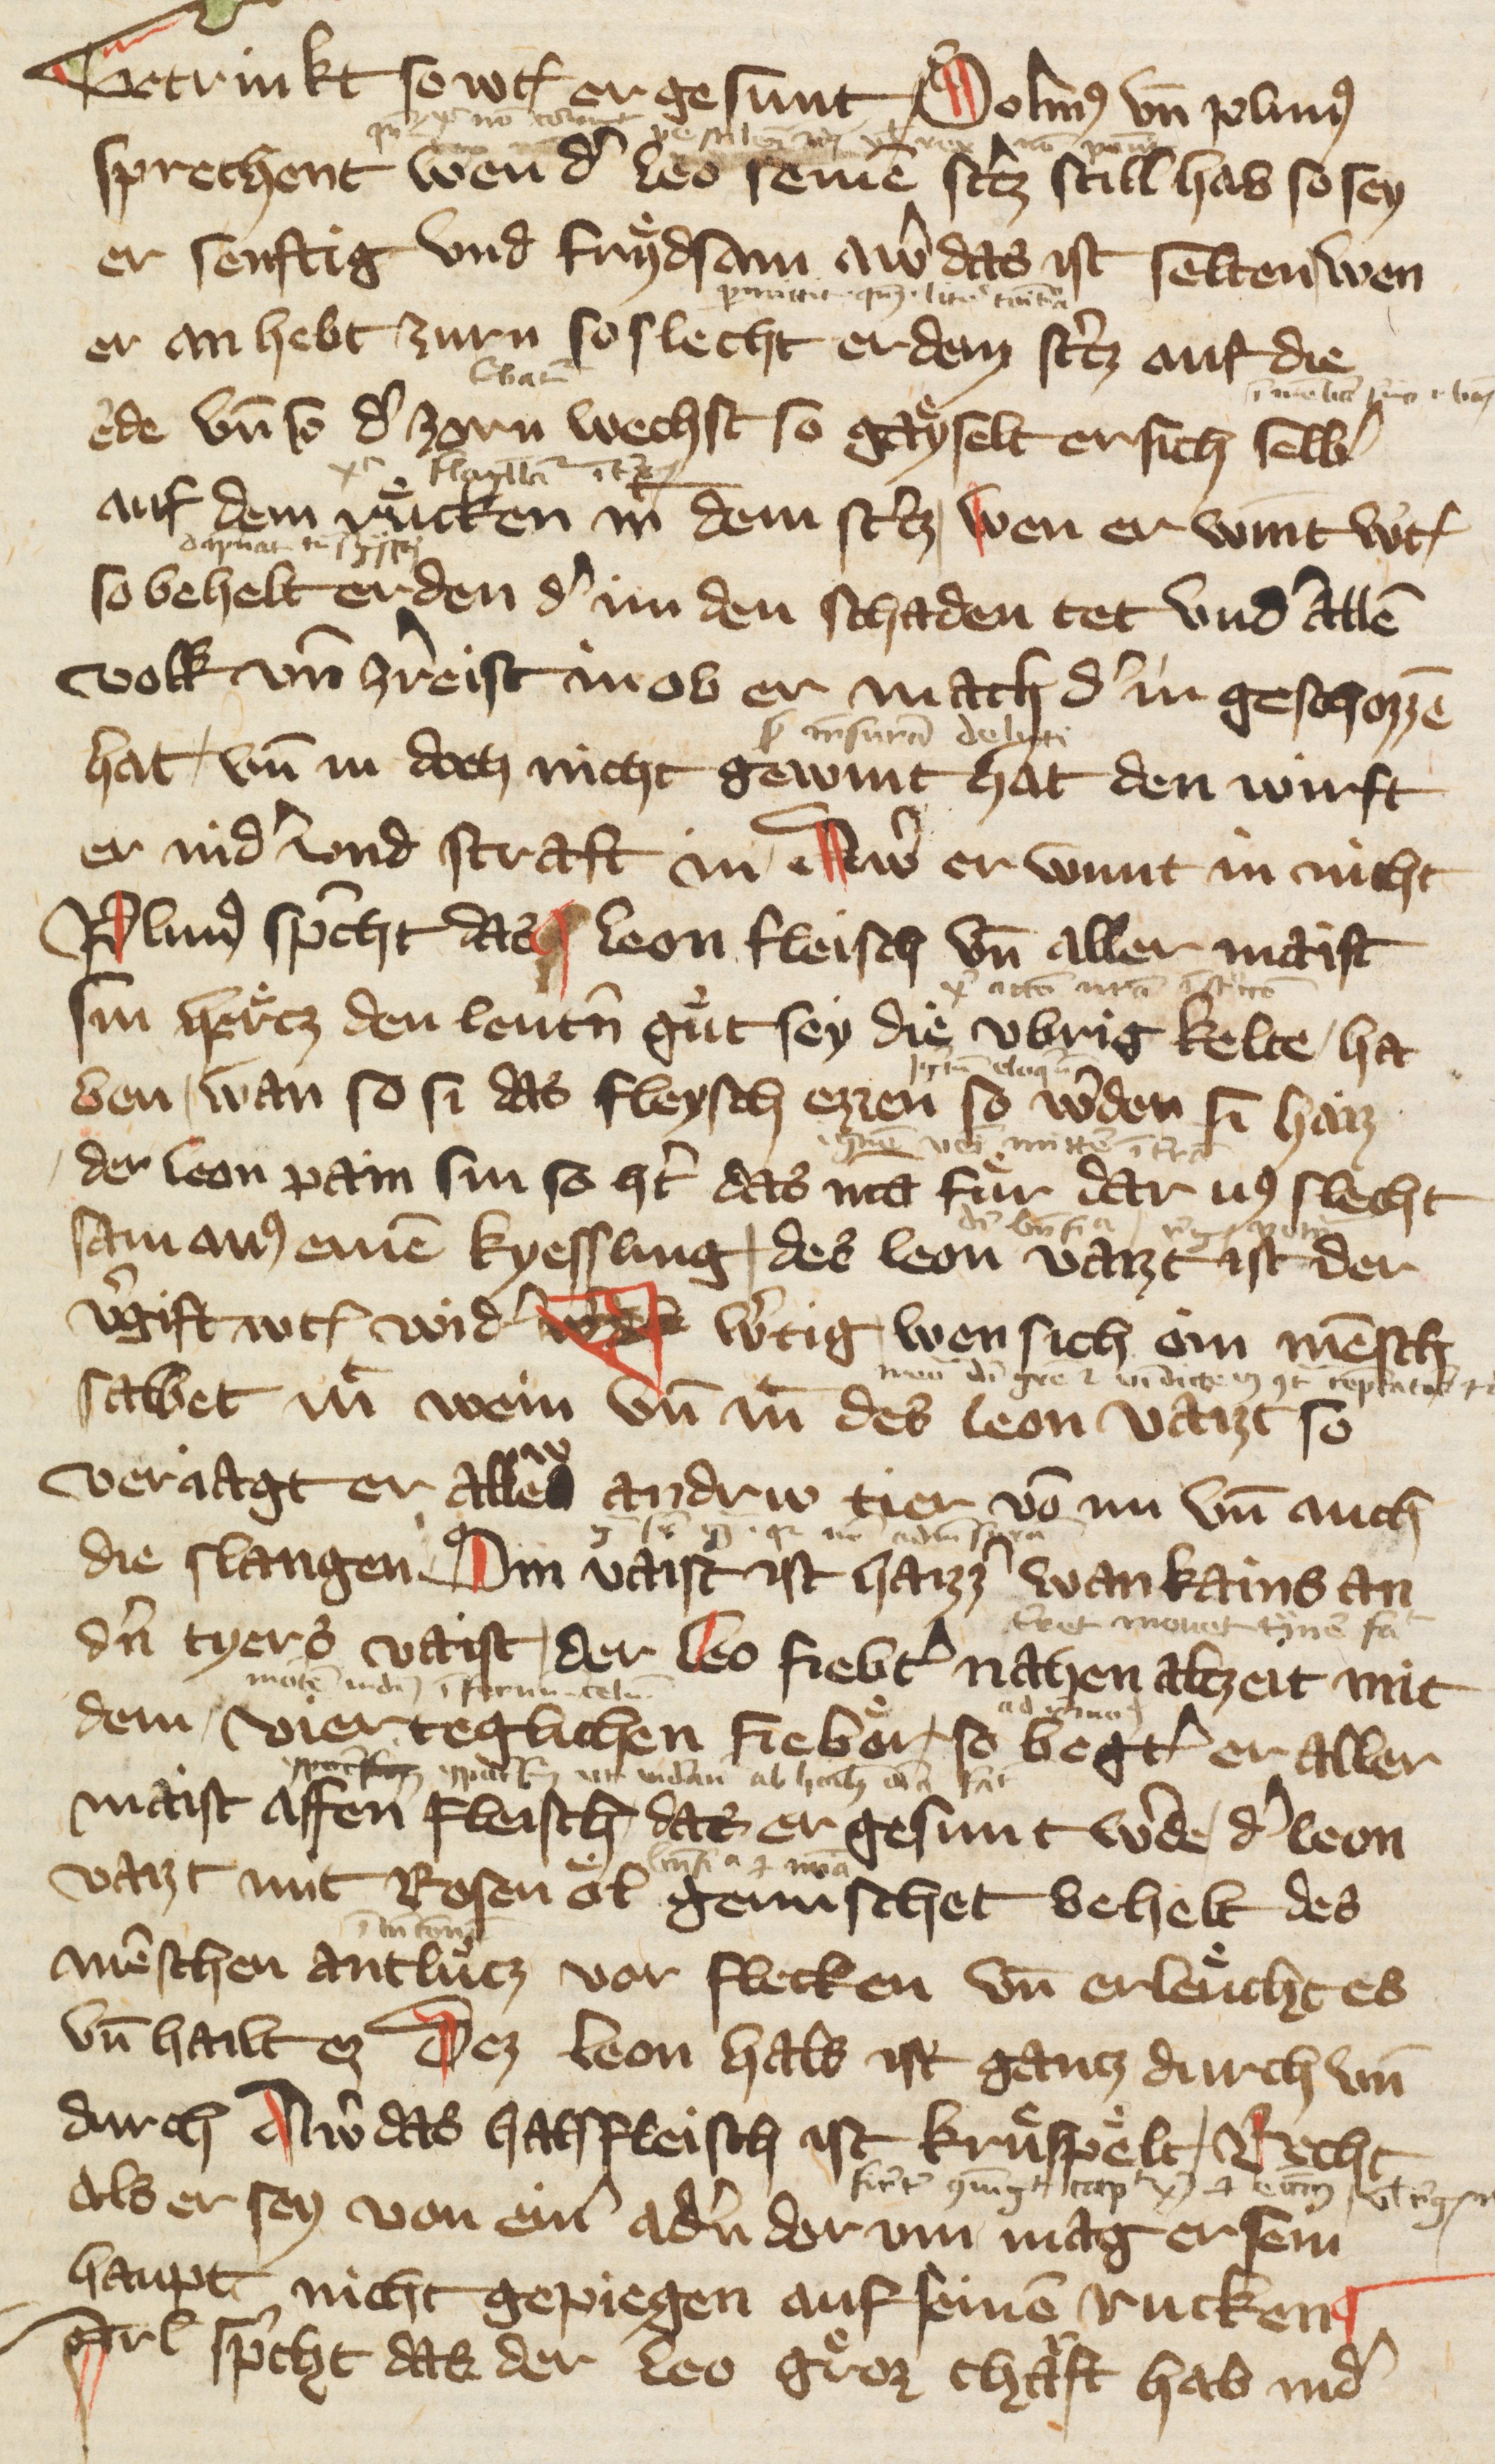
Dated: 1378–1378